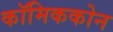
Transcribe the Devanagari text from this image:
कॉमिककोन